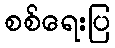
စစ်ရေးပြ